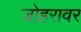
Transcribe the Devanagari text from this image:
जोहरावर